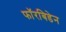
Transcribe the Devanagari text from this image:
फॉरबिडेन